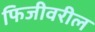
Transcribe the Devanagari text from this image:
फिजीवरील